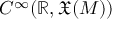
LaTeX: C ^ { \infty } ( \mathbb { R } , { \mathfrak { X } } ( M ) )